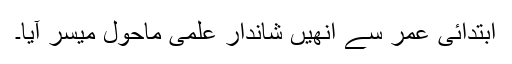
ابتدائی عمر سے انھیں شاندار علمی ماحول میسر آیا۔